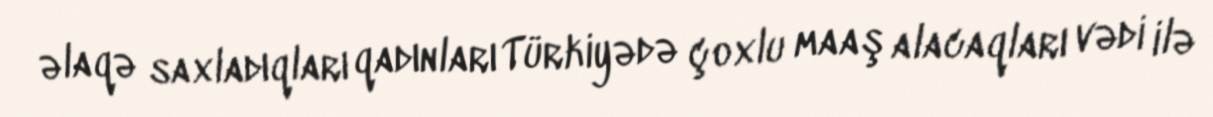
əlaqə saxladıqları qadınları Türkiyədə çoxlu maaş alacaqları vədi ilə